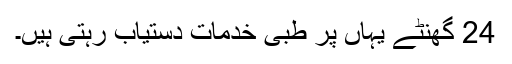
24 گھنٹے یہاں پر طبی خدمات دستیاب رہتی ہیں۔